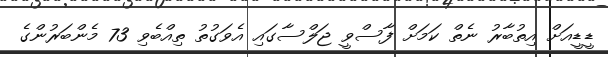
ޑީޑީއަށް އިތުބާރު ނެތް ކަމަށް ފާސްވީ ޖަލްސާގައި އެވަގުތު ތިއްބެވި 73 މެންބަރުންގެ